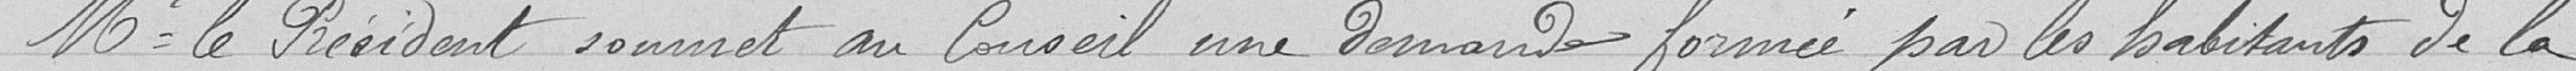
Monsieur le Président soumet au Conseil une demande formée par les habitants de la